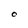
Character: O